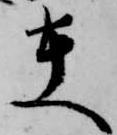
夫